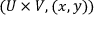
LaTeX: ( U \times V , ( x , y ) )